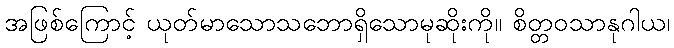
အဖြစ်ကြောင့် ယုတ်မာသောသဘောရှိသောမုဆိုးကို။ စိတ္တဝသာနုဂါယ၊